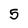
Character: 5